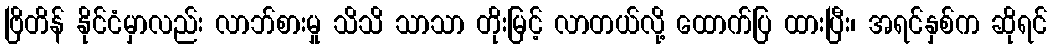
ဗြိတိန် နိုင်ငံမှာလည်း လာဘ်စားမှု သိသိ သာသာ တိုးမြင့် လာတယ်လို့ ထောက်ပြ ထားပြီး၊ အရင်နှစ်က ဆိုရင်